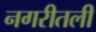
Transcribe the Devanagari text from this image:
नगरीतली